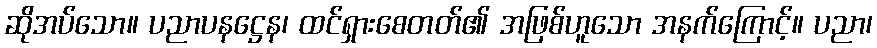
ဆိုအပ်သော။ ပညာပနဋ္ဌေန၊ ထင်ရှားစေတတ်၏ အဖြစ်ဟူသော အနက်ကြောင့်။ ပညာ၊